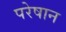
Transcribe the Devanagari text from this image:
परेषान